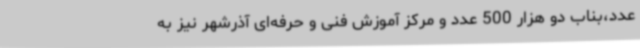
عدد،بناب دو هزار 500 عدد و مرکز آموزش فنی و حرفه‌ای آذرشهر نیز به